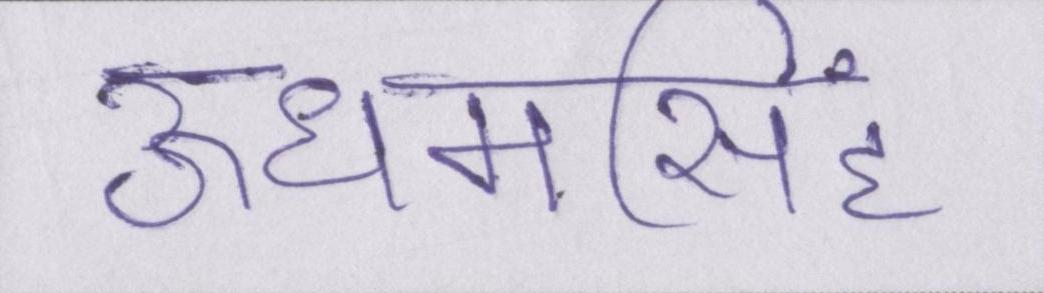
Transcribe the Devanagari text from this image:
ऊधमसिंह